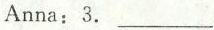
Anna: 3. ___